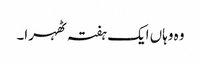
وہ وہاں ایک ہفتہ ٹھہرا۔